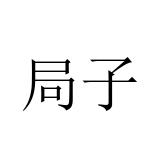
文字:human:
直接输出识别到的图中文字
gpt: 局子